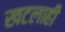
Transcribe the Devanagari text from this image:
खटलाही